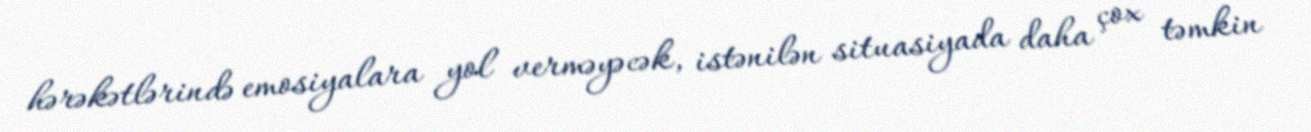
hərəkətlərində emosiyalara yol verməyəcək, istənilən situasiyada daha çox təmkin